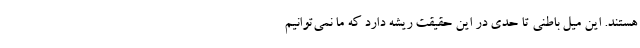
هستند. این میل باطنی تا حدی در این حقیقت ریشه دارد که ما نمی‌توانیم